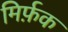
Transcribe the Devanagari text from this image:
मिर्फ़क